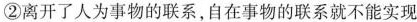
②离开了人为事物的联系，自在事物的联系就不能实现